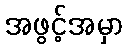
အဖွင့်အမှာ